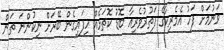
ވަނުމަށް ފަހު އެމެރިކާގެ ފަތުރުވެރިއާ ބޮޑު ކޮތަޅެއް ހިފައިގެން ބޭރަށް ނިކުންނަ ތަން